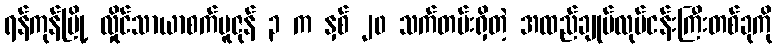
ရန်ကုန်မြို့ လှိုင်သာယာစက်မူဇုန် ၃ က နှစ် ၂၀ သက်တမ်းရှိတဲ့ အထည်ချုပ်လုပ်ငန်းကြီးတစ်ခုကို